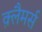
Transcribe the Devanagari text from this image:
क़्लैमर्स